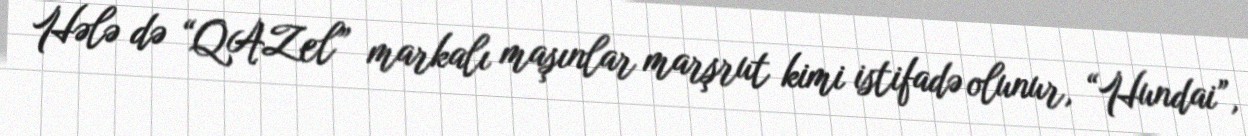
Hələ də “QAZel” markalı maşınlar marşrut kimi istifadə olunur, “Hundai”,